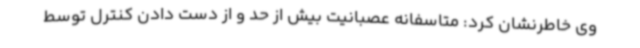
وی خاطرنشان کرد: متاسفانه عصبانیت بیش از حد و از دست دادن کنترل توسط